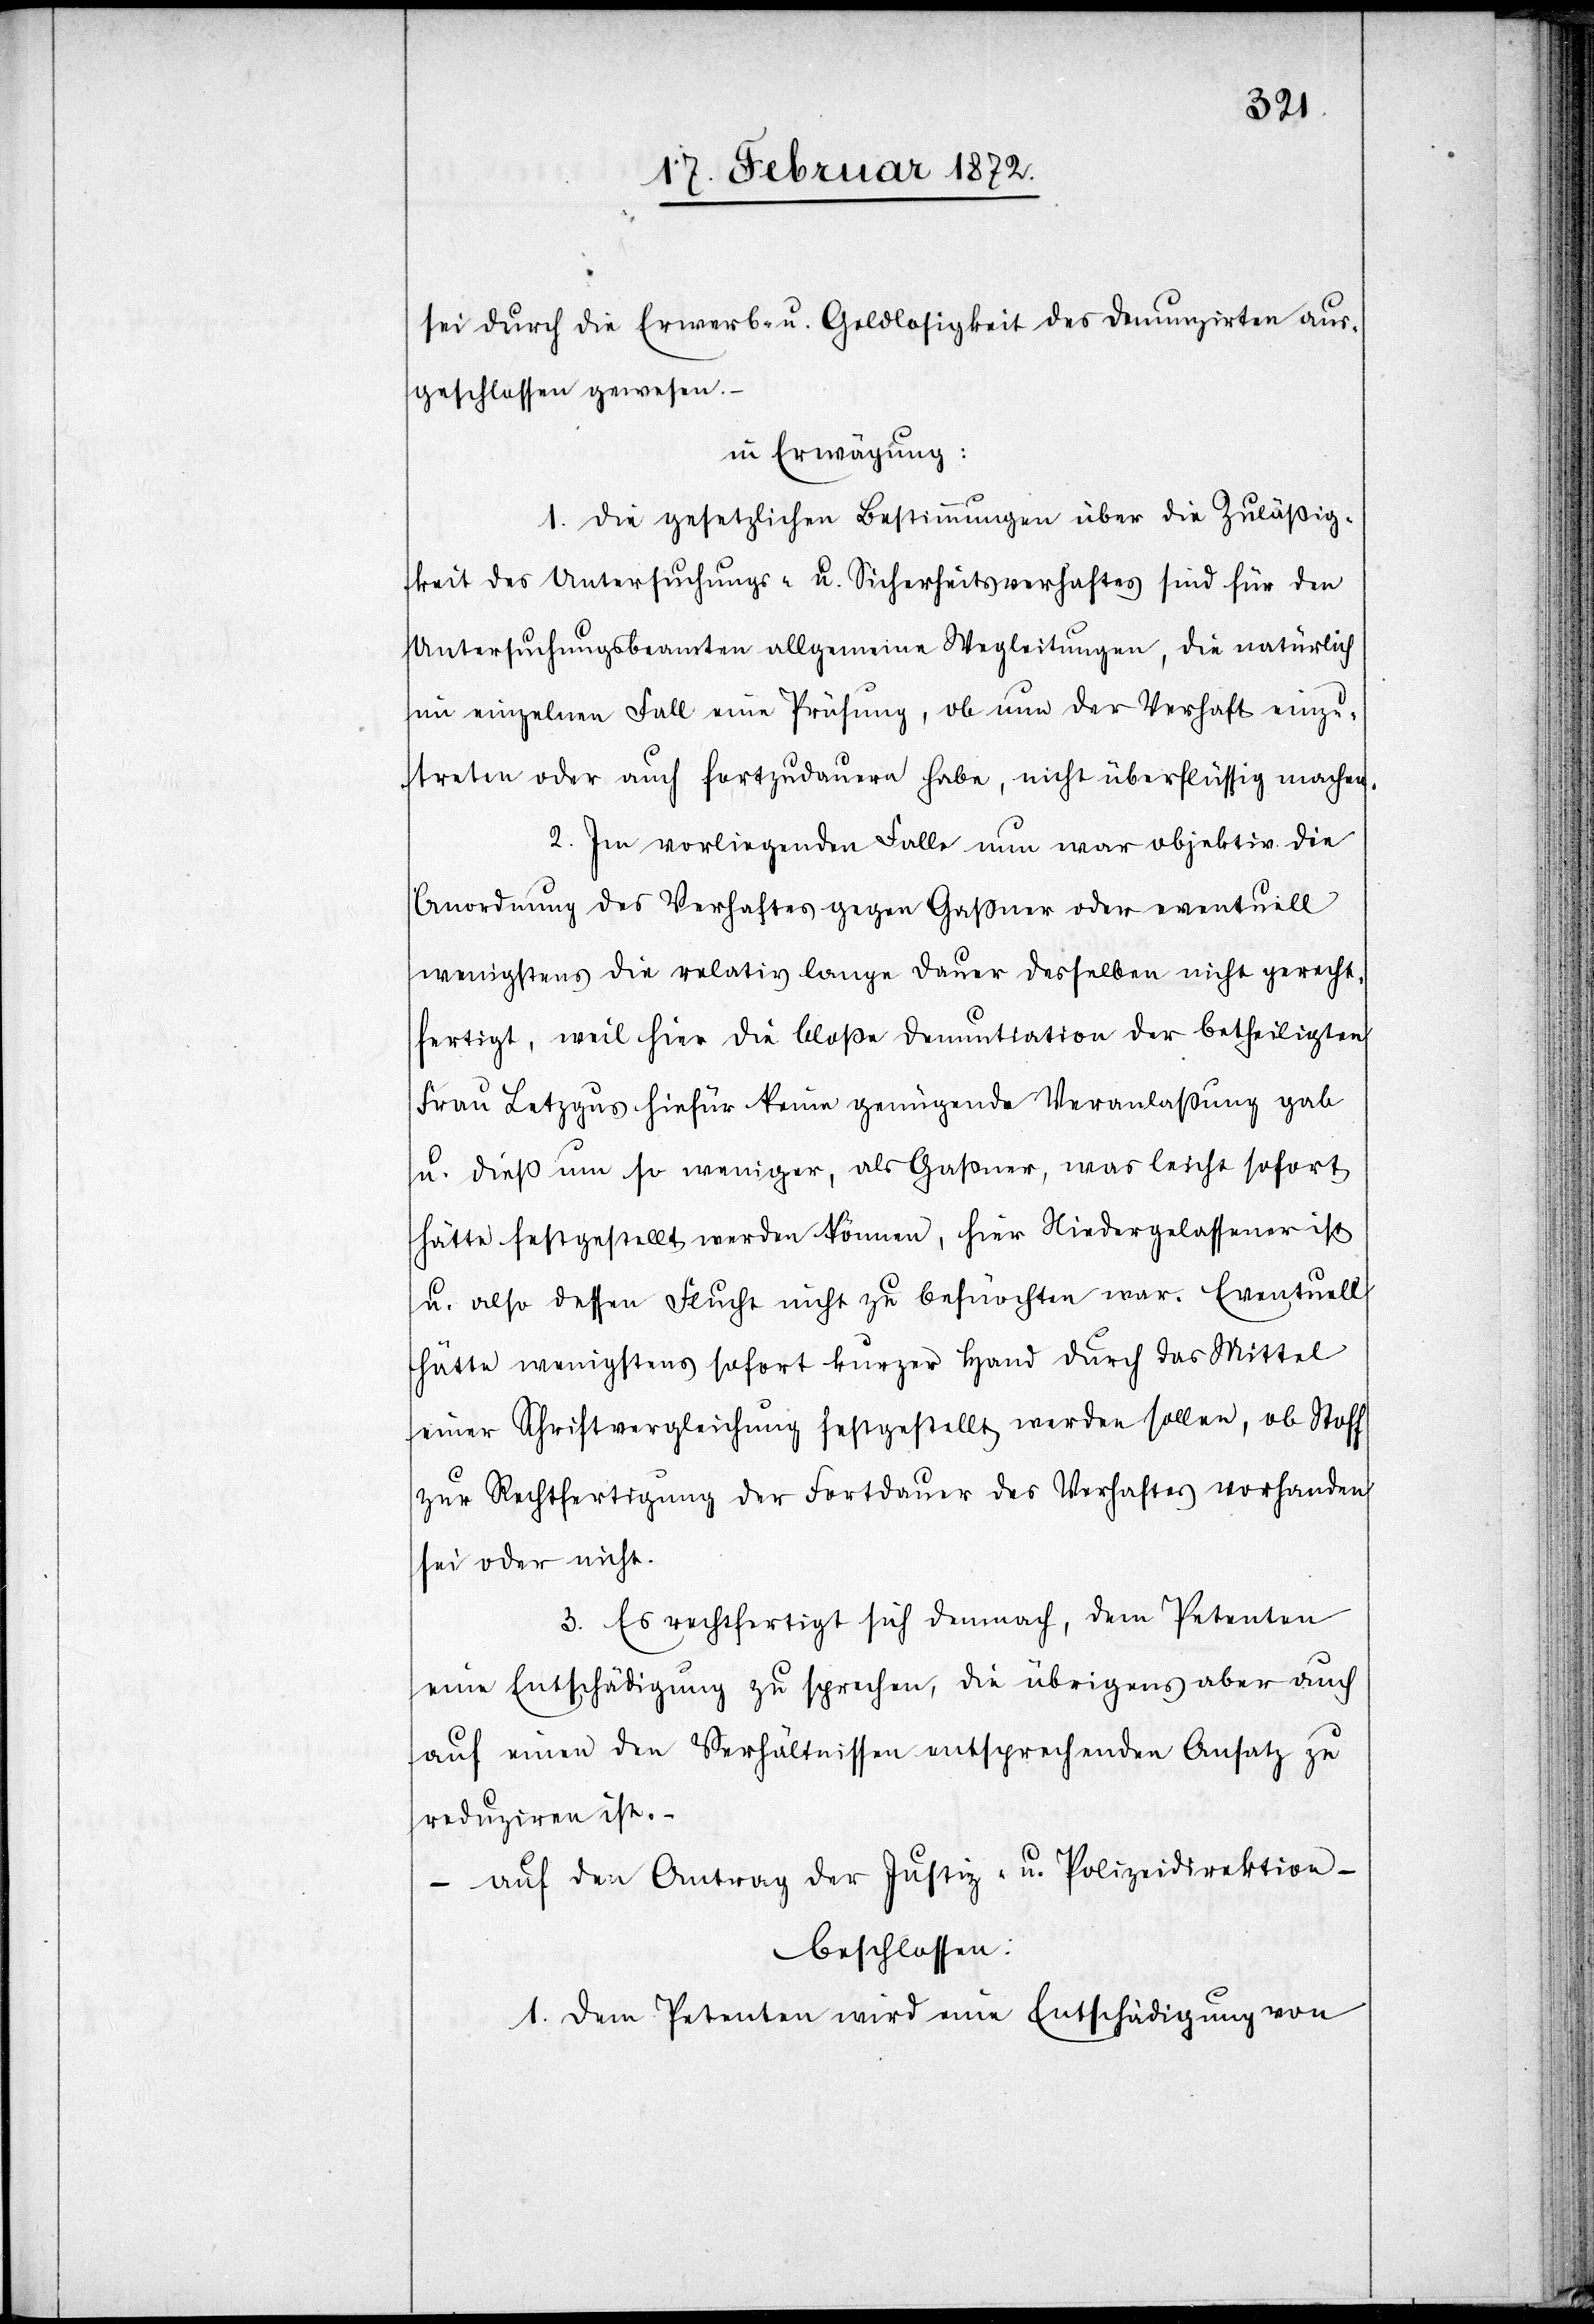
sei durch die Erwerb- u. Geldlosigkeit des Denunzirten aus¬
geschlossen gewesen.
in Erwägung:
1. Die gesetzlichen Bestimmungen über die Zuläßig¬
keit des Untersuchungs- u. Sicherheitsverhaftes sind für den
Untersuchungsbeamten allgemeine Wegleitungen, die natürlich
im einzelnen Fall eine Prüfung, ob nun der Verhaft einzu¬
treten oder auch fortzudauern habe, nicht überflüssig machen.
2. Im vorliegenden Falle nun war objektiv die
Anordnung des Verhaftes gegen Gaßner oder eventuell
wenigstens die relativ lange Dauer desselben nicht gerecht¬
fertigt, weil hier die bloße Denuntiation der betheiligten
Frau Letzgus hiefür keine genügende Veranlaßung gab
u. dieß um so weniger, als Gaßner, was leicht sofort
hätte festgestellt werden können, hier Niedergelassener ist
u. also dessen Flucht nicht zu befürchten war. Eventuell
hätte wenigstens sofort kurzer Hand durch das Mittel
einer Schriftvergleichung festgestellt werden sollen, ob Stoff
zur Rechtfertigung der Fortdauer des Verhaftes vorhanden
sei oder nicht.
3. Es rechtfertigt sich demnach, dem Petenten
eine Entschädigung zu sprechen, die übrigens aber auch
auf einen den Verhältnissen entsprechenden Ansatz zu
reduziren ist.-
auf den Antrag der Justiz- u. Polizeidirektion –
beschlossen:
1. Dem Petenten wird eine Entschädigung von